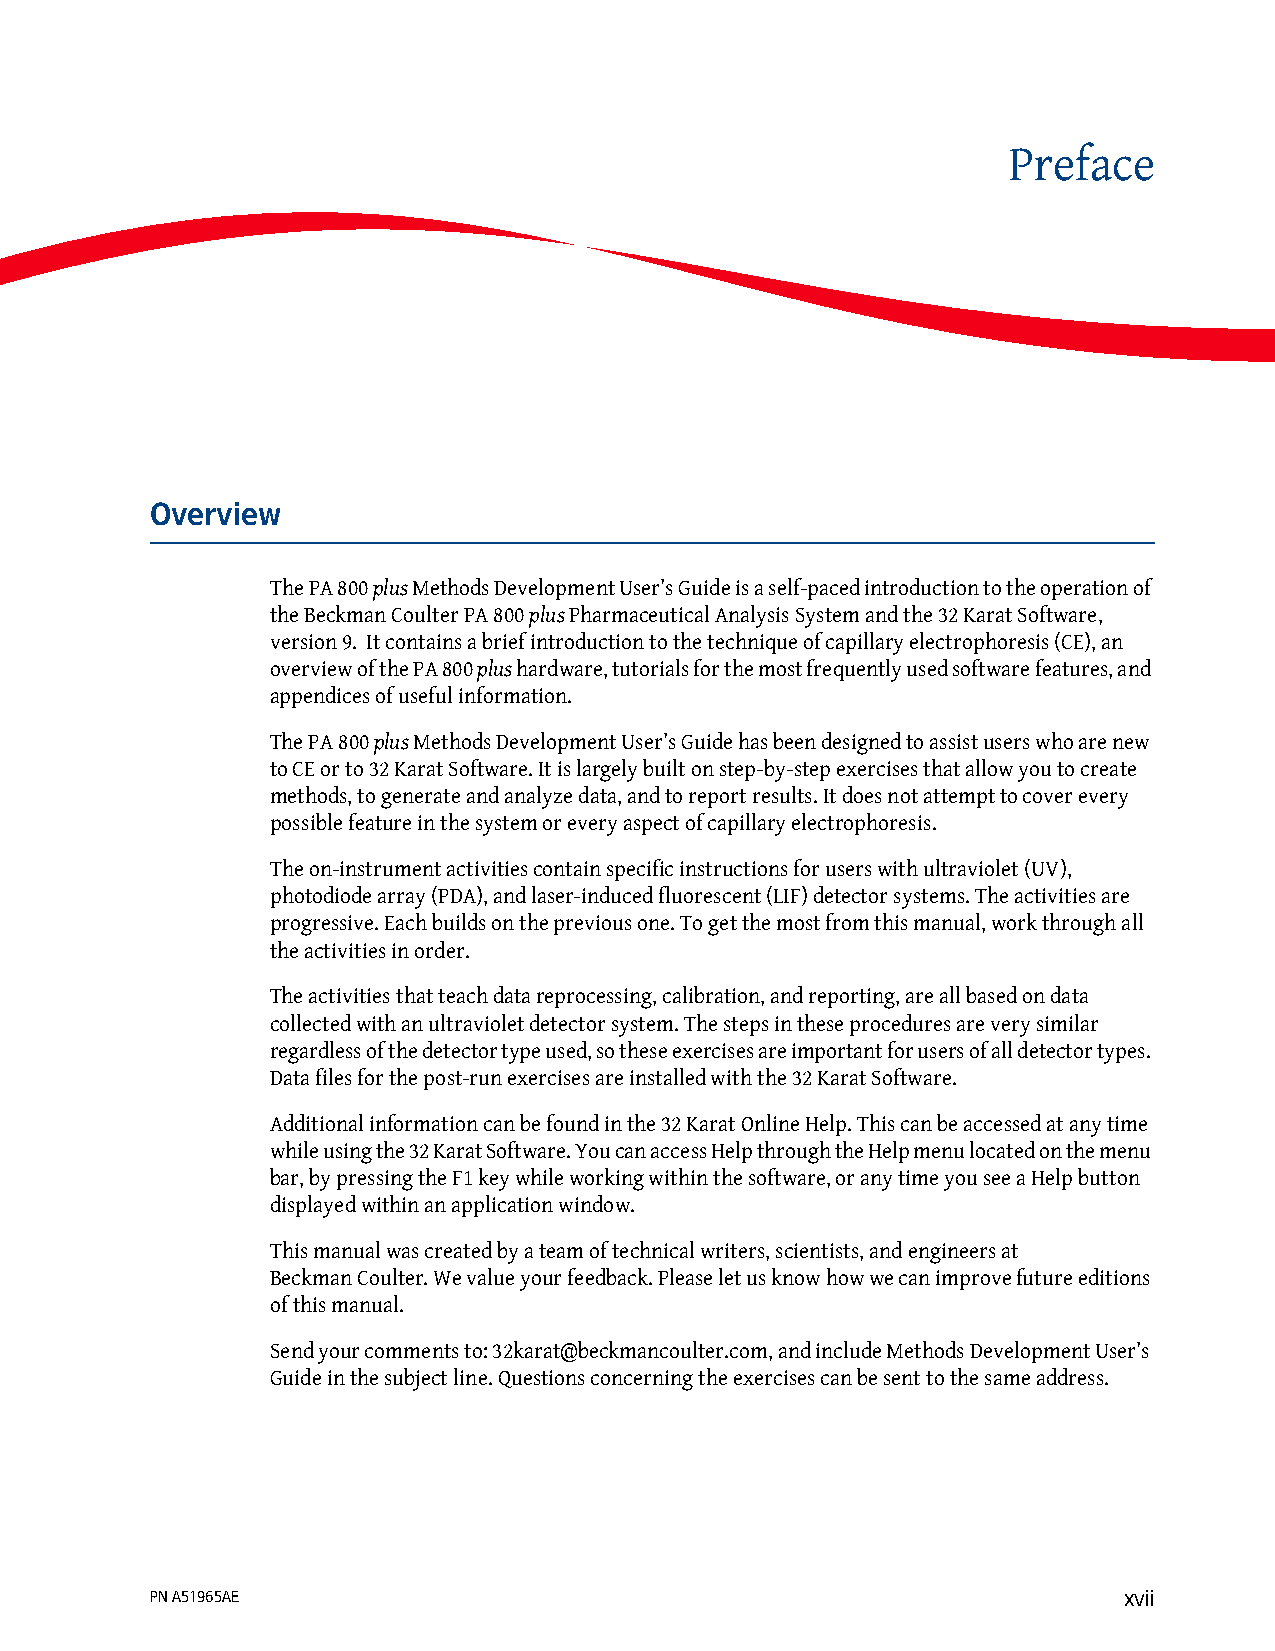
Preface
 Overview
 The PA 800 plus Methods Development User’s Guide is a self-paced introduction to the operation of
 the Beckman Coulter PA 800 plus Pharmaceutical Analysis System and the 32 Karat Software,
 version 9. It contains a brief introduction to the technique of capillary electrophoresis (CE), an
 overview of the PA 800 plus hardware, tutorials for the most frequently used software features, and
 appendices of useful information.
 The PA 800 plus Methods Development User’s Guide has been designed to assist users who are new
 to CE or to 32 Karat Software. It is largely built on step-by-step exercises that allow you to create
 methods, to generate and analyze data, and to report results. It does not attempt to cover every
 possible feature in the system or every aspect of capillary electrophoresis.
 The on-instrument activities contain specific instructions for users with ultraviolet (UV),
 photodiode array (PDA), and laser-induced fluorescent (LIF) detector systems. The activities are
 progressive. Each builds on the previous one. To get the most from this manual, work through all
 the activities in order.
 The activities that teach data reprocessing, calibration, and reporting, are all based on data
 collected with an ultraviolet detector system. The steps in these procedures are very similar
 regardless of the detector type used, so these exercises are important for users of all detector types.
 Data files for the post-run exercises are installed with the 32 Karat Software.
 Additional information can be found in the 32 Karat Online Help. This can be accessed at any time
 while using the 32 Karat Software. You can access Help through the Help menu located on the menu
 bar, by pressing the F1 key while working within the software, or any time you see a Help button
 displayed within an application window.
 This manual was created by a team of technical writers, scientists, and engineers at
 Beckman Coulter. We value your feedback. Please let us know how we can improve future editions
 of this manual.
 Send your comments to: 32karat@beckmancoulter.com, and include Methods Development User’s
 Guide in the subject line. Questions concerning the exercises can be sent to the same address.
 PN A51965AE                                                     xvii